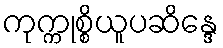
ကုက္ကုစ္စိယူပဆိန္ဒေ